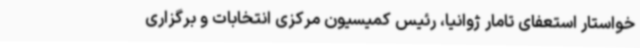
خواستار استعفای تامار ژوانیا، رئیس کمیسیون مرکزی انتخابات و برگزاری